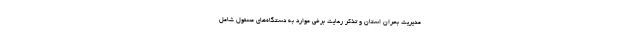
مدیریت بحران استان و تذکر رعایت برخی موارد به دستگاه‌های مسئول شامل